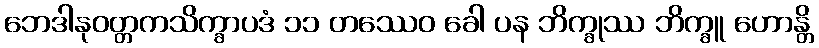
ဘေဒါနုဝတ္တကသိက္ခာပဒံ ၁၁ တဿေဝ ခေါ ပန ဘိက္ခုဿ ဘိက္ခူ ဟောန္တိ